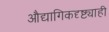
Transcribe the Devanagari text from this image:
औद्यागिकदृष्ट्याही